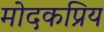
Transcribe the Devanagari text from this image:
मोदकप्रिय